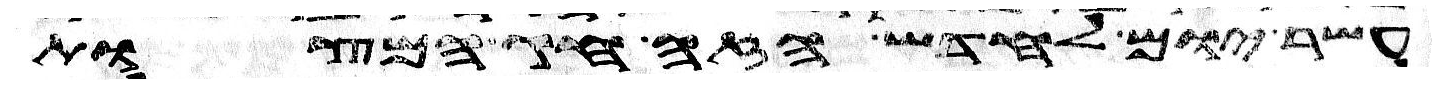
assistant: עשר יום לחדש הזה חג המצות